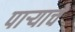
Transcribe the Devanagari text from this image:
पार्‍याचे